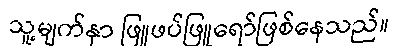
သူ့မျက်နှာ ဖြူဖပ်ဖြူရော်ဖြစ်နေသည်။